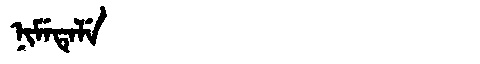
Manchu: ᠨᡳᠮᡝᡨᡝᠯᡝ
Romanization: NIMETELE